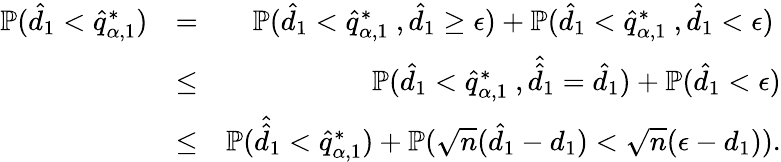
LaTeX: \begin{array}{rlr}{\mathbb{P}(\hat{d}_{1}<\hat{q}_{\alpha,1}^{*})}&{=}&{\mathbb{P}(\hat{d}_{1}<\hat{q}_{\alpha,1}^{*}\ ,\hat{d}_{1}\geq\epsilon)+\mathbb{P}(\hat{d}_{1}<\hat{q}_{\alpha,1}^{*}\ ,\hat{d}_{1}<\epsilon)\ }\\ &{\leq}&{\mathbb{P}(\hat{d}_{1}<\hat{q}_{\alpha,1}^{*}\ ,\hat{\hat{d}}_{1}=\hat{d}_{1})+\mathbb{P}(\hat{d}_{1}<\epsilon)}\\ &{\leq}&{\mathbb{P}(\hat{\hat{d}}_{1}<\hat{q}_{\alpha,1}^{*})+\mathbb{P}(\sqrt{n}(\hat{d}_{1}-d_{1})<\sqrt{n}(\epsilon-d_{1})).}\end{array}